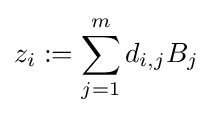
z_{i}:=\sum _{j=1}^{m}d_{i,j}B_{j}